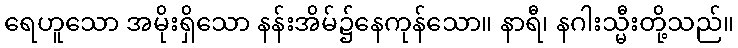
ရေဟူသော အမိုးရှိသော နန်းအိမ်၌နေကုန်သော။ နာရီ၊ နဂါးသ္မီးတို့သည်။